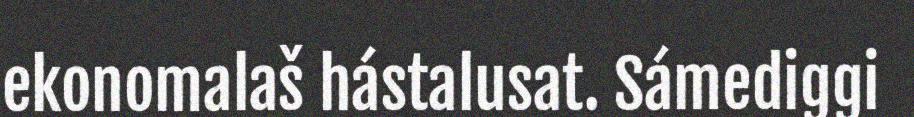
ekonomalaš hástalusat. Sámediggi